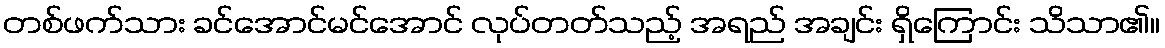
တစ်ဖက်သား ခင်အောင်မင်အောင် လုပ်တတ်သည့် အရည် အချင်း ရှိကြောင်း သိသာ၏။